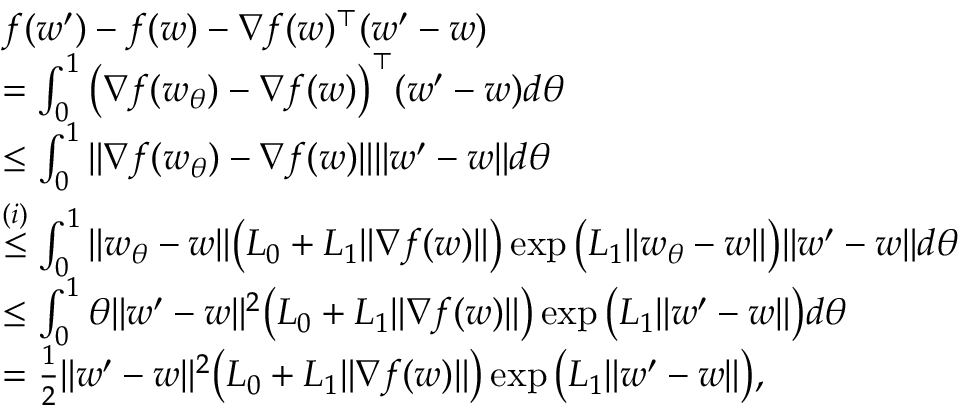
\begin{array} { r l } & { f ( w ^ { \prime } ) - f ( w ) - \nabla f ( w ) ^ { \top } ( w ^ { \prime } - w ) } \\ & { = \int _ { 0 } ^ { 1 } \big ( \nabla f ( w _ { \theta } ) - \nabla f ( w ) \big ) ^ { \top } ( w ^ { \prime } - w ) d \theta } \\ & { \le \int _ { 0 } ^ { 1 } \| \nabla f ( w _ { \theta } ) - \nabla f ( w ) \| \| w ^ { \prime } - w \| d \theta } \\ & { \overset { ( i ) } { \le } \int _ { 0 } ^ { 1 } \| w _ { \theta } - w \| \big ( L _ { 0 } + L _ { 1 } \| \nabla f ( w ) \| \big ) \exp \big ( L _ { 1 } \| w _ { \theta } - w \| \big ) \| w ^ { \prime } - w \| d \theta } \\ & { \le \int _ { 0 } ^ { 1 } \theta \| w ^ { \prime } - w \| ^ { 2 } \big ( L _ { 0 } + L _ { 1 } \| \nabla f ( w ) \| \big ) \exp \big ( L _ { 1 } \| w ^ { \prime } - w \| \big ) d \theta } \\ & { = \frac { 1 } { 2 } \| w ^ { \prime } - w \| ^ { 2 } \big ( L _ { 0 } + L _ { 1 } \| \nabla f ( w ) \| \big ) \exp \big ( L _ { 1 } \| w ^ { \prime } - w \| \big ) , } \end{array}